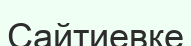
Сайтиевке